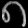
Digit: ၈